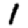
Digit: 1